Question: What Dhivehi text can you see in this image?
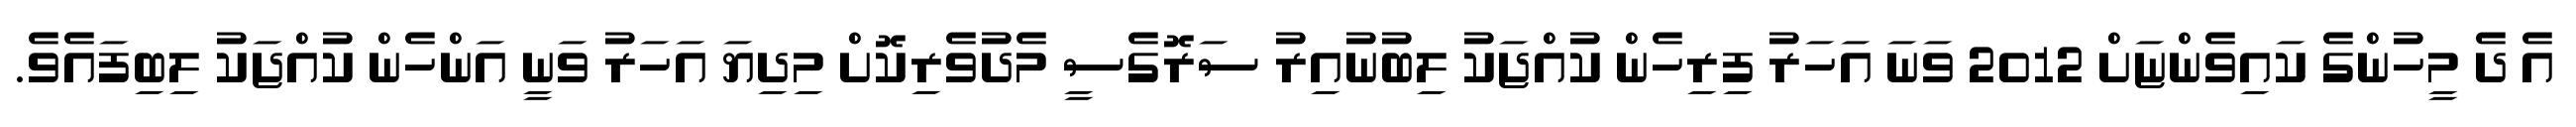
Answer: އެ ދެ މީހުންގެ ކައިވެންޏަށް 2012 ވަނަ އަހަރު ފިރިހެން ކުއްޖަކު ލިބުނުއިރު ސަރޮގެސީ މެދުވެރިކޮށް މިދިޔަ އަހަރު ވަނީ އަންހެން ކުއްޖަކު ލިބިފައެވެ.